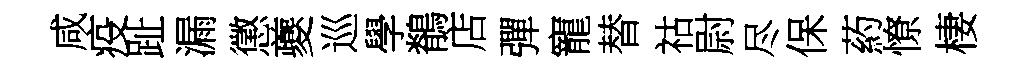
咸疫趾漏懲夔巡學鶺店彈寵替祜尉尽保葯憭棲